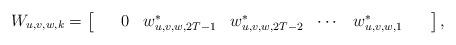
LaTeX: \begin{align*}W_{u,v,w,k} = \begin{bmatrix} & & 0 & w_{u,v,w,2T-1}^* & w_{u,v,w,2T-2}^* &\cdots &w_{u,v,w,1}^* & &\end{bmatrix} , \end{align*}